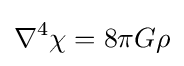
\nabla ^{4}\chi =8\pi G\rho